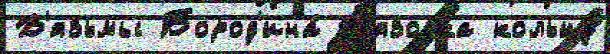
В'язьмы Бород'ина́ В'язовка кольцу́